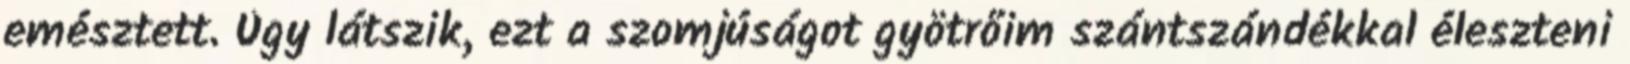
emésztett. Úgy látszik, ezt a szomjúságot gyötrőim szántszándékkal éleszteni